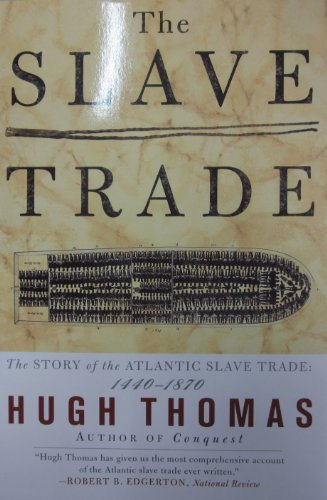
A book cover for The SLAVE TRADE: THE STORY OF THE ATLANTIC SLAVE TRADE: 1440 - 1870; Hugh Thomas; History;